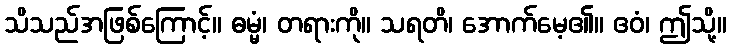
သိသည်အဖြစ်ကြောင့်။ ဓမ္မံ၊ တရားကို။ သရတိ၊ အောက်မေ့၏။ ဧဝံ၊ ဤသို့။